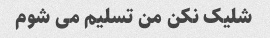
شلیک نکن من تسلیم می شوم